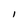
Character: I